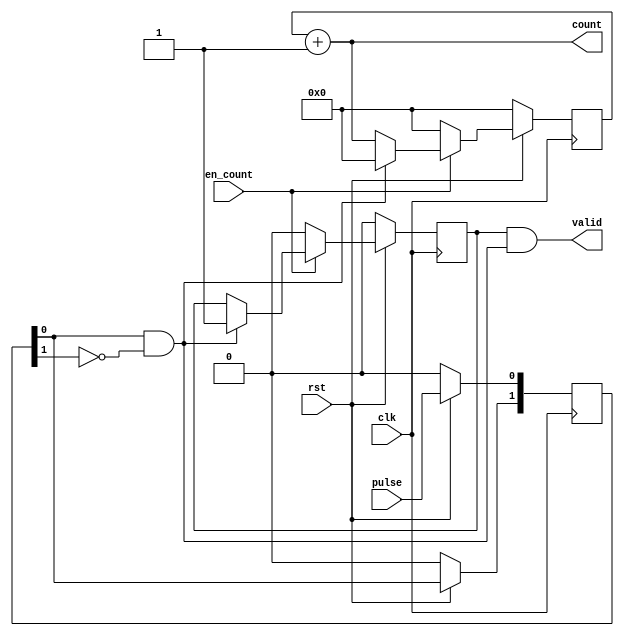
//
// 
//

module freqcheck(
    input               clk,
    input               rst,
    input               pulse,
    input               en_count,
    output              valid,
    output     [15:0]   count
);

wire    rise_edge;
wire    fall_edge;

reg [1:0]   r_pulse;
reg [15:0]  cnt;
reg         r_flag;

//
// valid 
//
always@(posedge clk) begin
    if(!rst) begin
        r_flag <= 'b0;
    end
    else if(!en_count) begin
        r_flag <= 'b0;
    end
    else if(rise_edge) begin
        r_flag <= 'b1;
    end
    else begin
        r_flag <= r_flag;
    end
end

assign valid = r_flag & rise_edge;


//
// 
//
always@(posedge clk) begin
    if(!rst) begin
        r_pulse <= 2'b00;
    end
    else begin
        // 010
        r_pulse[0] <= pulse;
        r_pulse[1] <= r_pulse[0];
        //  r_pulse <= {r_pulse[0],pulse};
        
        // 2
        // 
        // 
    end
end

// assign r_pulse1_invert = ~r_pulse[1];
// assign r_pulse1_invert1 = ~r_pulse[0];
assign rise_edge = r_pulse[0] & ~r_pulse[1];
assign fall_edge = r_pulse[1] & ~r_pulse[0];


//
// 
//
always@(posedge clk) begin
    if(!rst) begin
        cnt <= 0;
    end
    else begin
        if(!en_count) begin
            cnt <= 'b0;
        end
        else if(rise_edge) begin
            cnt <= 'b0;
        end
        else begin
            cnt <= cnt + 1'b1;
        end
    end
end 

assign count = cnt + 1'b1;

endmodule